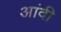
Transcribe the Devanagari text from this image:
आंदी